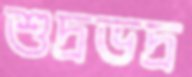
শুদ্রভদ্র